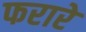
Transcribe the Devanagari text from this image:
फरारे